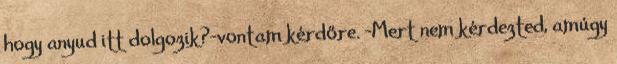
hogy anyud itt dolgozik?-vontam kérdőre. -Mert nem kérdezted, amúgy